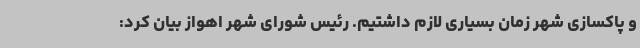
و پاکسازی شهر زمان بسیاری لازم داشتیم. رئیس شورای شهر اهواز بیان کرد: